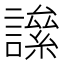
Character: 𧬀